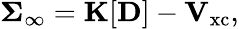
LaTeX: \mathbf{\Sigma}_{\infty}=\mathbf{K}[\mathbf{D}]-\mathbf{V}_{\mathrm{xc}},